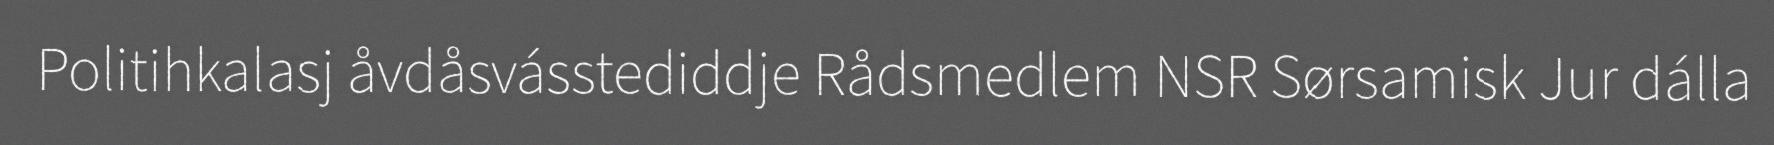
Politihkalasj åvdåsvásstediddje Rådsmedlem NSR Sørsamisk Jur dálla